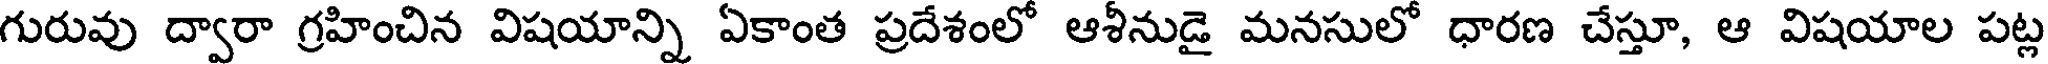
గురువు ద్వారా గ్రహించిన విషయాన్ని ఏకాంత ప్రదేశంలో ఆశీనుడై మనసులో ధారణ చేస్తూ, ఆ విషయాల పట్ల